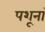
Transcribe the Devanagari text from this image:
पशूनां